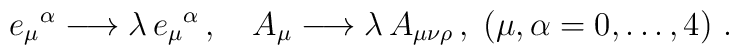
e_\mu{}^\alpha \longrightarrow \lambda\,  e_\mu{}^\alpha\,, \quad  A_{\mu}        \longrightarrow \lambda\,A_{\mu\nu\rho}\,,\;  (\mu,\alpha = 0,\ldots,4)\ .